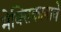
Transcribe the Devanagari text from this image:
मेक्सिकानाचे